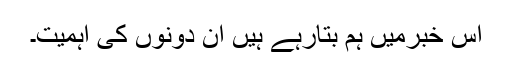
اس خبرمیں ہم بتارہے ہیں ان دونوں کی اہمیت۔